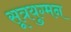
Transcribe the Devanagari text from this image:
सूत्रयुग्मन